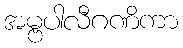
အမ္ဗပါလီဂဏိကာ